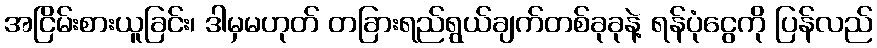
အငြိမ်းစားယူခြင်း၊ ဒါမှမဟုတ် တခြားရည်ရွယ်ချက်တစ်ခုခုနဲ့ ရန်ပုံငွေကို ပြန်လည်